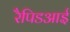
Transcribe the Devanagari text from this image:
रैपिडआई